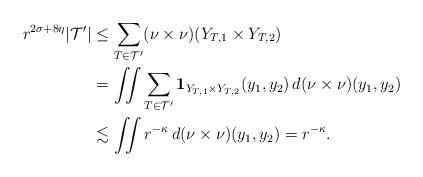
LaTeX: \begin{align*} r^{2\sigma + 8\eta}|\mathcal{T}'| & \leq \sum_{T \in \mathcal{T}'} (\nu \times \nu)(Y_{T,1} \times Y_{T,2})\\& = \iint \sum_{T \in \mathcal{T}'} \mathbf{1}_{Y_{T,1} \times Y_{T,2}}(y_{1},y_{2}) \, d(\nu \times \nu)(y_{1},y_{2})\\& \lesssim \iint r^{-\kappa} \, d(\nu \times \nu)(y_{1},y_{2}) = r^{-\kappa}. \end{align*}